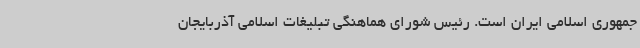
جمهوری اسلامی ایران است. رئیس شورای هماهنگی تبلیغات اسلامی آذربایجان